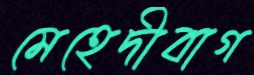
মেহেদীবাগ